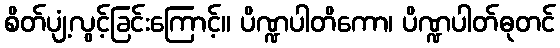
စိတ်ပျံ့လွင့်ခြင်းကြောင့်။ ပိဏ္ဍပါတိကော၊ ပိဏ္ဍပါတ်ဓုတင်